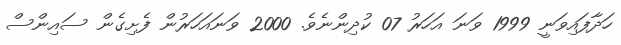
ހަދާފައިވަނީ 1999 ވަނަ އަހަރު 07 ކުދިންނެވެ. 2000 ވަނައަހަރުން ފެށިގެން ސައިންސް